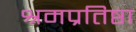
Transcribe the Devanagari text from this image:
श्रमप्रतिष्ठा